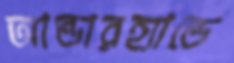
আন্ডারহ্যান্ডে